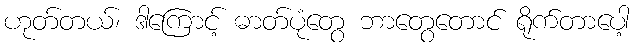
ဟုတ်တယ်၊ ဒါကြောင့် ဓာတ်ပုံတွေ ဘာတွေတောင် ရိုက်တာပေါ့